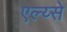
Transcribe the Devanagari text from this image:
एल्य्से